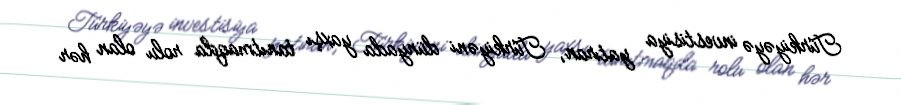
Türkiyəyə investisiya yatıran, Türkiyəni dünyada yaxşı tanıtmaqda rolu olan hər